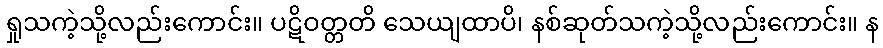
ရှုသကဲ့သို့လည်းကောင်း။ ပဋိဝတ္တတိ သေယျထာပိ၊ နစ်ဆုတ်သကဲ့သို့လည်းကောင်း။ န